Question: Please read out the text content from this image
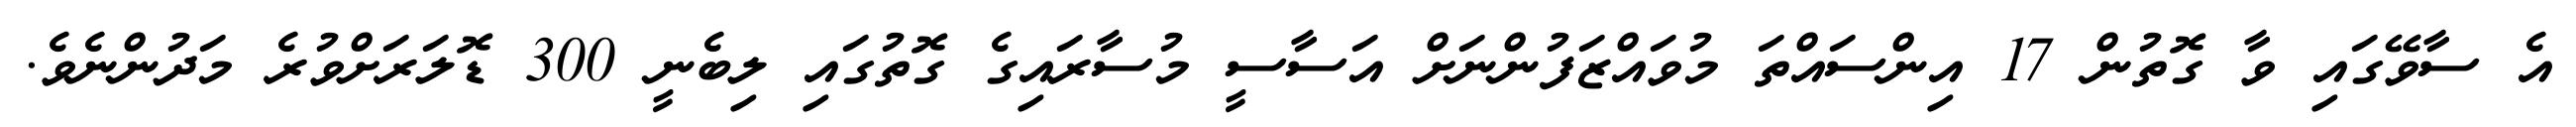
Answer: އެ ސާވޭގައި ވާ ގޮތުން 17 އިންސައްތަ މުވައްޒަފުންނަށް އަސާސީ މުސާރައިގެ ގޮތުގައި ލިބެނީ 300 ޑޮލަރަށްވުރެ މަދުންނެވެ.